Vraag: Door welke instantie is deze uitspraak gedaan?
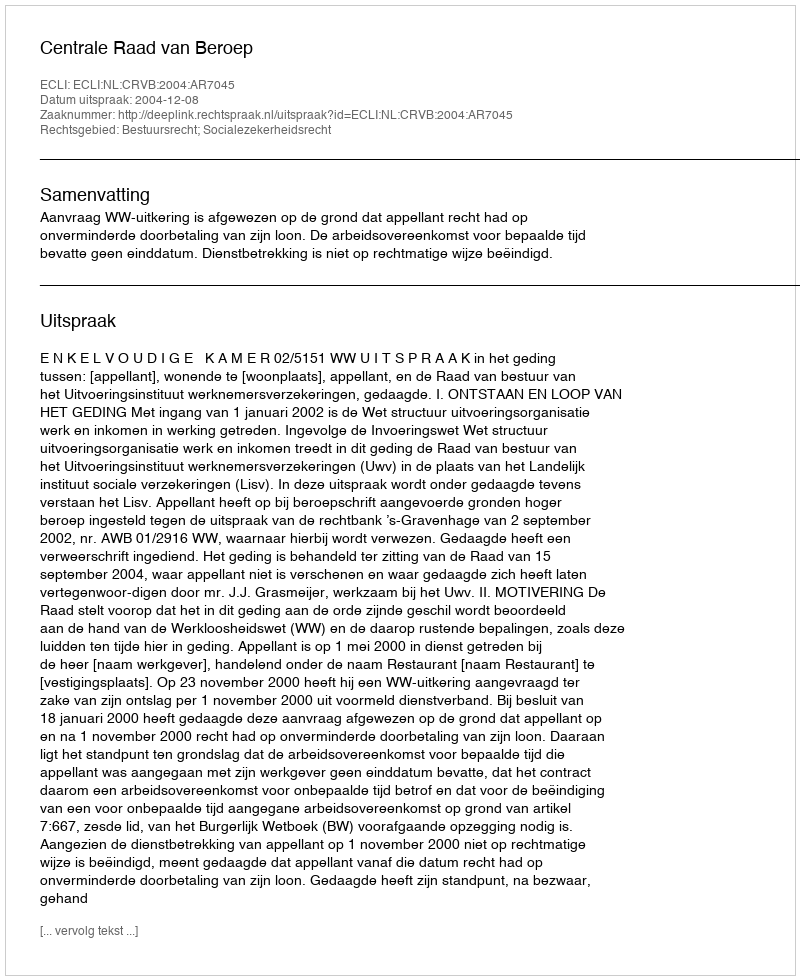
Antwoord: Centrale Raad van Beroep